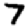
Digit: 7